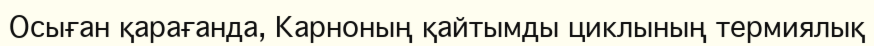
Осыған қарағанда, Карноның қайтымды циклының термиялық